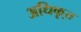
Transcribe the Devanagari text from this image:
अधिकृ्त